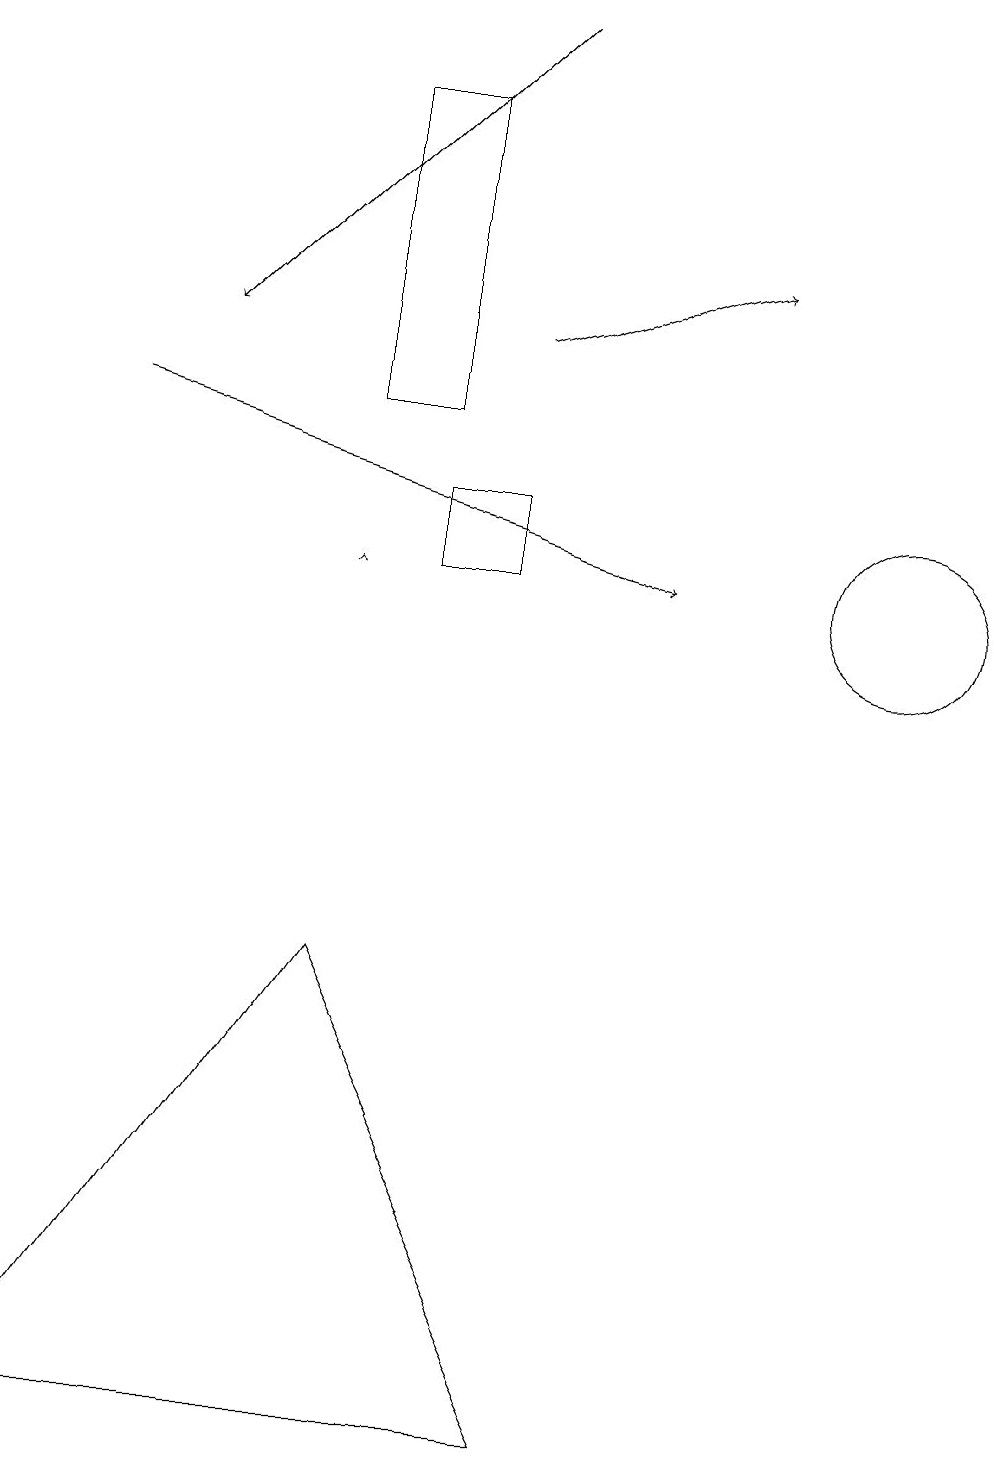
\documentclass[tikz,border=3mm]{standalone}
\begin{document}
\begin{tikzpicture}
\draw[->] (6,14) -- (9,15);
\draw (5,13) rectangle (4,17);
\draw[->] (4,11) -- (4,11);
\draw (7,0) -- (0,0) -- (4,6) -- cycle;
\draw (5,11) rectangle (6,12);
\draw[->] (1,13) -- (8,11);
\draw[->] (6,18) -- (2,14);
\draw (11,11) circle (1);
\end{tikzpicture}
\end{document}